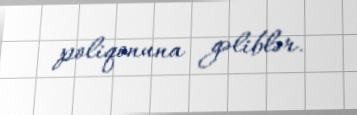
poliqonuna gəliblər.